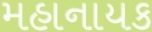
મહાનાયક